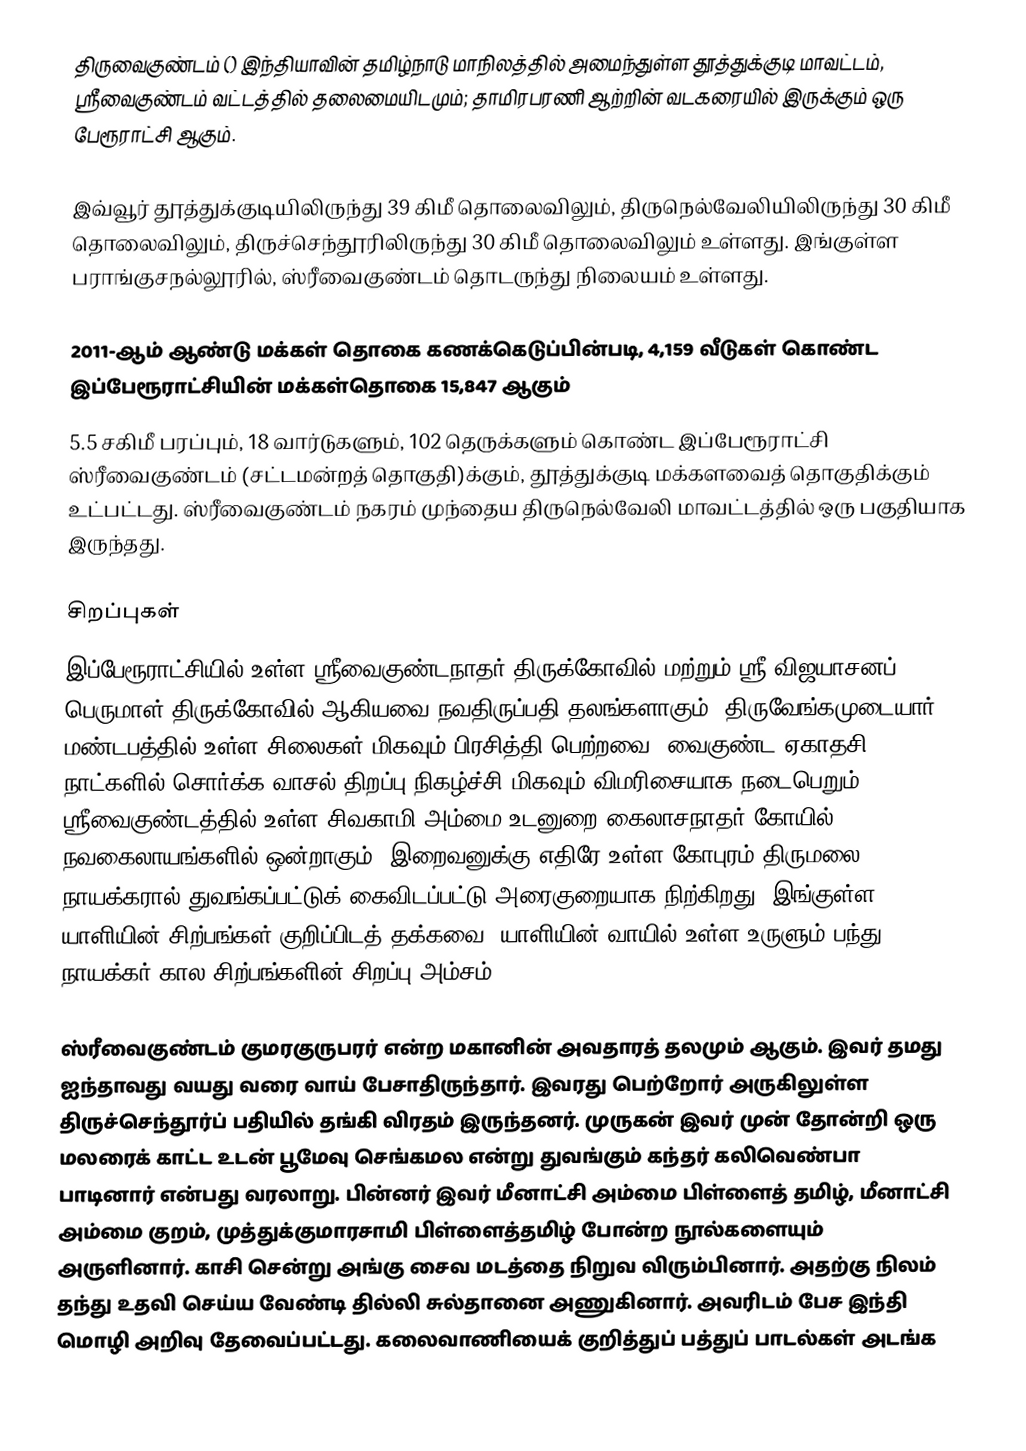
திருவைகுண்டம் () இந்தியாவின் தமிழ்நாடு மாநிலத்தில் அமைந்துள்ள தூத்துக்குடி மாவட்டம், ஸ்ரீவைகுண்டம் வட்டத்தில் தலைமையிடமும்; தாமிரபரணி ஆற்றின் வடகரையில் இருக்கும் ஒரு பேரூராட்சி ஆகும்.

இவ்வூர் தூத்துக்குடியிலிருந்து 39 கிமீ தொலைவிலும், திருநெல்வேலியிலிருந்து 30 கிமீ தொலைவிலும், திருச்செந்தூரிலிருந்து 30 கிமீ தொலைவிலும் உள்ளது.  இங்குள்ள  பராங்குசநல்லூரில், ஸ்ரீவைகுண்டம் தொடருந்து நிலையம் உள்ளது.

2011-ஆம் ஆண்டு மக்கள் தொகை கணக்கெடுப்பின்படி,  4,159 வீடுகள் கொண்ட இப்பேரூராட்சியின்  மக்கள்தொகை  15,847 ஆகும்
5.5  சகிமீ பரப்பும்,  18 வார்டுகளும், 102 தெருக்களும் கொண்ட இப்பேரூராட்சி  ஸ்ரீவைகுண்டம் (சட்டமன்றத் தொகுதி)க்கும், தூத்துக்குடி மக்களவைத் தொகுதிக்கும் உட்பட்டது. ஸ்ரீவைகுண்டம் நகரம் முந்தைய திருநெல்வேலி மாவட்டத்தில் ஒரு பகுதியாக இருந்தது.

சிறப்புகள்
இப்பேரூராட்சியில் உள்ள ஸ்ரீவைகுண்டநாதர் திருக்கோவில் மற்றும்   ஸ்ரீ விஜயாசனப் பெருமாள் திருக்கோவில் ஆகியவை நவதிருப்பதி தலங்களாகும். திருவேங்கமுடையார் மண்டபத்தில் உள்ள சிலைகள் மிகவும் பிரசித்தி பெற்றவை. வைகுண்ட ஏகாதசி நாட்களில் சொர்க்க வாசல் திறப்பு நிகழ்ச்சி மிகவும் விமரிசையாக நடைபெறும். ஸ்ரீவைகுண்டத்தில் உள்ள சிவகாமி அம்மை உடனுறை கைலாசநாதர் கோயில் நவகைலாயங்களில் ஒன்றாகும். இறைவனுக்கு எதிரே உள்ள கோபுரம் திருமலை நாயக்கரால் துவங்கப்பட்டுக் கைவிடப்பட்டு அரைகுறையாக நிற்கிறது. இங்குள்ள யாளியின் சிற்பங்கள் குறிப்பிடத் தக்கவை. யாளியின் வாயில் உள்ள உருளும் பந்து நாயக்கர் கால சிற்பங்களின் சிறப்பு அம்சம்.

ஸ்ரீவைகுண்டம் குமரகுருபரர் என்ற மகானின் அவதாரத் தலமும் ஆகும். இவர் தமது ஐந்தாவது வயது வரை வாய் பேசாதிருந்தார். இவரது பெற்றோர் அருகிலுள்ள திருச்செந்தூர்ப் பதியில் தங்கி விரதம் இருந்தனர். முருகன் இவர் முன் தோன்றி ஒரு மலரைக் காட்ட உடன் பூமேவு செங்கமல என்று துவங்கும் கந்தர் கலிவெண்பா பாடினார் என்பது வரலாறு. பின்னர் இவர் மீனாட்சி அம்மை பிள்ளைத் தமிழ், மீனாட்சி அம்மை குறம், முத்துக்குமாரசாமி பிள்ளைத்தமிழ் போன்ற நூல்களையும் அருளினார். காசி சென்று அங்கு சைவ மடத்தை நிறுவ விரும்பினார். அதற்கு நிலம் தந்து உதவி செய்ய வேண்டி தில்லி சுல்தானை அணுகினார். அவரிடம் பேச இந்தி மொழி அறிவு தேவைப்பட்டது. கலைவாணியைக் குறித்துப் பத்துப் பாடல்கள் அடங்க